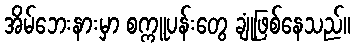
အိမ်ဘေးနားမှာ စက္ကူပန်းတွေ ချုံဖြစ်နေသည်။